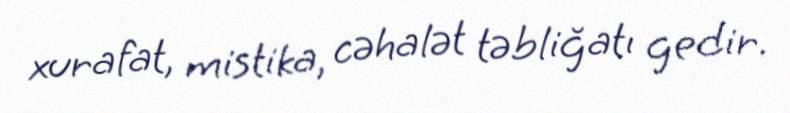
xurafat, mistika, cəhalət təbliğatı gedir.